Lunatic asylums United Prov. 1922-30 - 1922-1930
Year: 1922
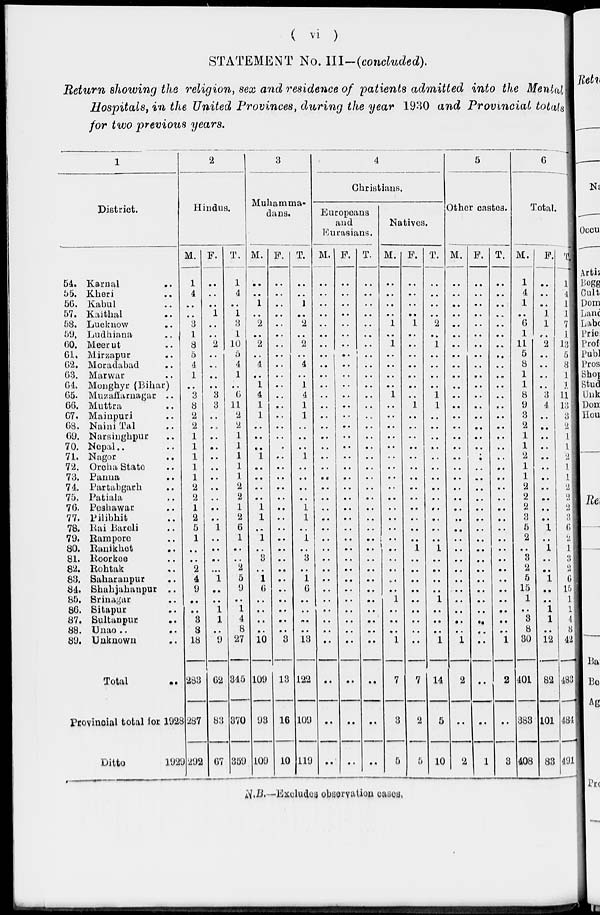
( vi )
STATEMENT No.
III-(concluded).
Return showing the religion, sex and residence of patients admitted into the Mental
Hospitals, in the United Provinces, during the year 1930 and Provincial totals
for two previous years.
1
District.
54. Karnal ..
55. Kheri ..
56. Kabul ..
57. Kaithal ..
58. Lucknow ..
59. Ludhiana
..
60. Meerut ..
61. Mirzapur ..
62. Moradabad ..
63. Marwar ..
64. Monghyr (Bihar)
65. Muzaffarnagar ..
66. Muttra ..
67. Mainpuri ..
68. Naini Tal ..
69. Narsinghpur ..
70. Nepal .. ..
71. Nagor ..
72. Orcha State ..
73. Panna ..
74. Partabgarh ..
75. Patiala ..
76. Peshawar ..
77. Pilibhit ..
78. Rai Bareli ..
79. Rampore ..
80. Ranikhet ..
81. Roorkee ..
82. Rohtak ..
83. Saharanpur ..
84. Shahjahanpur ..
85. Srinagar ..
86. Sitapur ..
87. Sultanpur ..
88. Unao ..
..
89. Unknown ..
Total ..
Provincial total for 1928
Ditto
1929
2
Hindus.
M.
1
4
..
..
3
1
8
..
4
1
..
3
8
2
2
1
1
1
1
1
2
2
1
2
5
1
..
..
2
4
9
..
..
3
8
18
283
287
292
F.
..
..
..
1
..
..
2
..
..
..
..
3
3
..
..
..
..
..
..
..
..
..
..
..
1
..
..
..
..
1
..
..
1
1
..
9
62
83
67
T.
1
4
..
1
3
1
10
..
4
1
..
6
11
2
2
1
1
1
1
1
2
2
1
2
6
1
..
..
2
5
9
..
1
4
8
27
345
370
359
3
Muhamma-
dans.
M.
..
..
1
..
2
..
2
..
4
..
1
4
1
1
..
..
..
1
..
..
..
..
1
1
..
1
..
3
..
1
6
..
..
..
..
10
109
93
109
F.
..
..
..
..
..
..
..
..
..
..
..
..
..
..
..
..
..
..
..
..
..
..
..
..
..
..
..
..
..
..
..
..
..
..
..
3
13
16
10
T.
..
..
1
..
2
..
2
..
4
..
1
4
1
1
..
..
..
1
..
..
..
..
1
1
..
1
..
3
..
1
6
..
..
..
..
13
122
109
119
4
Christians.
Europeans
and
Eurasians.
M.
..
..
..
..
..
..
..
..
..
..
..
..
..
..
..
..
..
..
..
..
..
..
..
..
..
..
..
..
..
..
..
..
..
..
..
..
..
..
..
F.
..
..
..
..
..
..
..
..
..
..
..
..
..
..
..
..
..
..
..
..
..
..
..
..
..
..
..
..
..
..
..
..
..
..
..
..
..
..
..
T.
..
..
..
..
..
..
..
..
..
..
..
..
..
..
..
..
..
..
..
..
..
..
..
..
..
..
..
..
..
..
..
..
..
..
..
..
..
..
..
Natives.
M.
..
..
..
..
1
..
1
..
..
..
..
1
..
..
..
..
..
..
..
..
..
..
..
..
..
..
..
..
..
..
..
1
..
..
..
1
7
3
5
F.
..
..
..
..
1
..
..
..
..
..
..
..
1
..
..
..
..
..
..
..
..
..
..
..
..
..
1
..
..
..
..
..
..
..
..
..
7
2
5
T.
..
..
..
..
2
..
1
..
..
..
..
1
1
..
..
..
..
..
..
..
..
..
..
..
..
..
1
..
..
..
..
1
..
..
..
1
14
5
10
5
Other castes.
M.
..
..
..
..
..
..
..
..
..
..
..
..
..
..
..
..
..
..
..
..
..
..
..
..
..
..
..
..
..
..
..
..
..
..
..
1
2
..
2
F.
..
..
..
..
..
..
..
..
..
..
..
..
..
..
..
..
..
..
..
..
..
..
..
..
..
..
..
..
..
..
..
..
..
..
..
..
..
..
1
T.
..
..
..
..
..
..
..
..
..
..
..
..
..
..
..
..
..
..
..
..
..
..
..
..
..
..
..
..
..
..
..
..
..
..
..
1
2
..
3
6
Total.
M.
1
4
1
..
6
1
11
5
8
1
1
8
9
3
2
1
1
2
1
1
2
2
2
3
5
2
..
3
2
5
15
1
..
3
8
30
401
383
408
F.
..
..
..
1
1
..
2
..
..
..
..
3
4
..
..
..
..
..
..
..
..
..
..
..
1
..
1
..
..
1
..
..
1
1
..
12
82
101
83
T.
1
4
1
1
7
1
13
5
8
1
1
11
13
3
2
1
1
2
1
1
2
2
2
3
6
2
1
3
2
6
15
1
1
4
8
42
483
484
491
N.B.—Excludes observation cases.